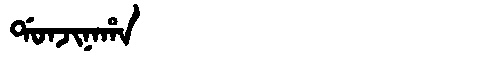
Manchu: ᡩᠣᠨᠵᡳᠨᠠᡥᠠ
Romanization: DONJINAHA